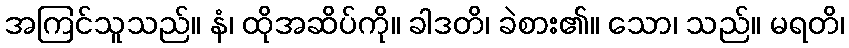
အကြင်သူသည်။ နံ၊ ထိုအဆိပ်ကို။ ခါဒတိ၊ ခဲစား၏။ သော၊ သည်။ မရတိ၊